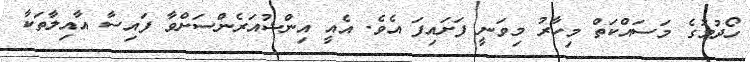
ހޯދުމުގެ މަސައްކަތް މިހާރު މިވަނީ ފަށައިފަ އެވެ. އެއީ އިންޝުއަރެންސަށްވާ ފައިސާ އާއިލާތަކާ